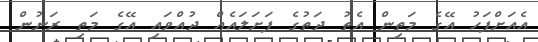
އެއަށްފަހު އޭގެ މަތިން އެތު ދަތުގެ ފަށަލައެއް ދުއްވައި އޭގެ މަތި ރަނުން